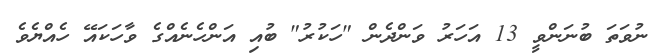
ނުވަތަ ބުނަންވީ 13 އަހަރު ވަންދެން "ހަކުރު" ބުއި އަންހެނެއްގެ ވާހަކައޭ ހެއްޔެވެ